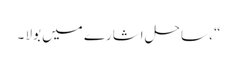
“ ، ساحل اشارے میں بولا ۔